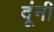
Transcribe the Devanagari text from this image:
दूंनी